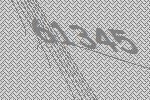
61345